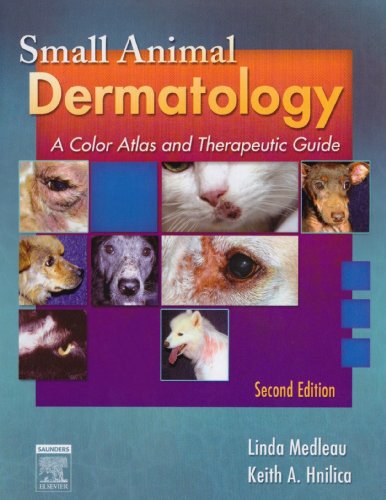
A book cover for Small Animal Dermatology - Text and VETERINARY CONSULT Package: A Color Atlas and Therapeutic Guide, 2e; Linda Medleau DVM  MS; Medical Books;